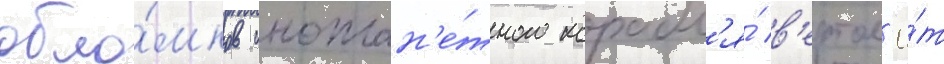
обло́мков иноплан'е́тного корабл'я́ в'ертол'ё́т